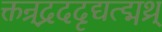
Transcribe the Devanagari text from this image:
क्तन्र्द्रददृद्यत्द्मथ्र्